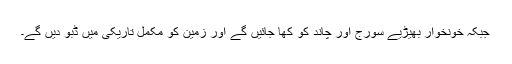
جبکہ خونخوار بھیڑیے سورج اور چاند کو کھا جائیں گے اور زمین کو مکمل تاریکی میں ڈبو دیں گے۔